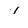
Character: 1